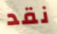
نقد